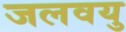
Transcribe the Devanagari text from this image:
जलवयु